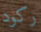
ركود